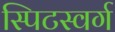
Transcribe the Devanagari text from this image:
स्पिटस्वर्ग